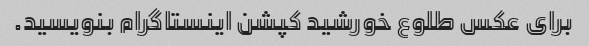
برای عکس طلوع خورشید کپشن اینستاگرام بنویسید.